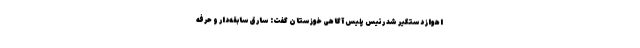
اهواز دستگیر شد رئیس پلیس آگاهی خوزستان گفت: سارق سابقه‌دار و حرفه